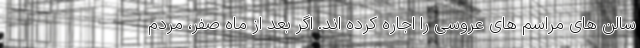
سالن های مراسم های عروسی را اجاره کرده اند. اگر بعد از ماه صفر، مردم